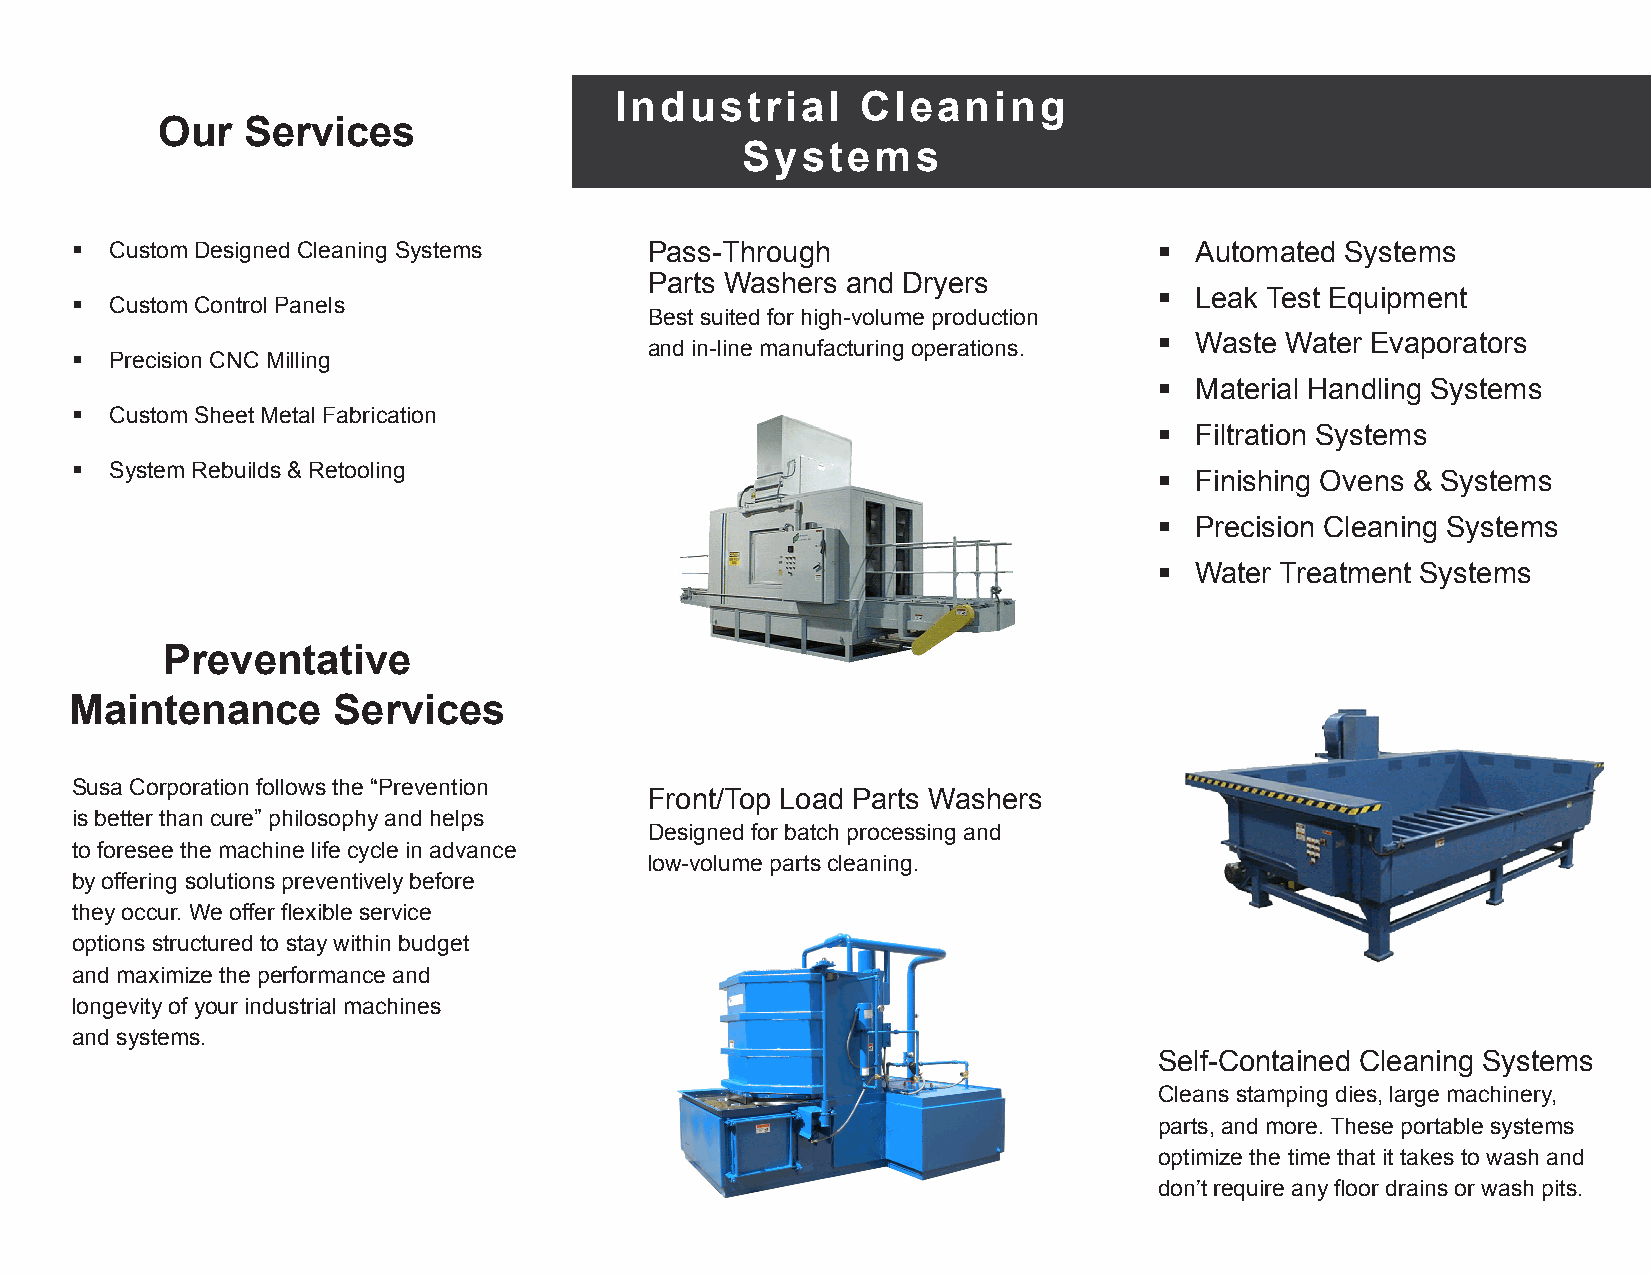
Industrial      Cleaning
 Our   Services
 Systems
  Custom Designed Cleaning Systems    Pass-Through                       Automated Systems
 Parts Washers and Dryers
  Leak Test Equipment
  Custom Control Panels
 Best suited for high-volume production
  Waste Water Evaporators
 and in-line manufacturing operations.
  Precision CNC Milling
  Material Handling Systems
  Custom Sheet Metal Fabrication
  Filtration Systems
  System Rebuilds & Retooling                                            Finishing Ovens & Systems
  Precision Cleaning Systems
  Water Treatment Systems
 Preventative
 Maintenance      Services
 Susa Corporation follows the “Prevention
 Front/Top Load Parts Washers
 is better than cure” philosophy and helps
 Designed for batch processing and
 to foresee the machine life cycle in advance
 low-volume parts cleaning.
 by offering solutions preventively before
 they occur. We offer flexible service
 options structured to stay within budget
 and maximize the performance and
 longevity of your industrial machines
 and systems.
 Self-Contained Cleaning Systems
 Cleans stamping dies, large machinery,
 parts, and more. These portable systems
 optimize the time that it takes to wash and
 don’t require any floor drains or wash pits.